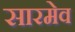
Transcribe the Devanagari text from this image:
सारमेव